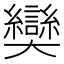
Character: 奱